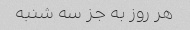
هر روز به جز سه شنبه